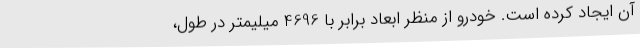
آن ایجاد کرده است. خودرو از منظر ابعاد برابر با 4696 میلیمتر در طول،